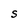
Character: S